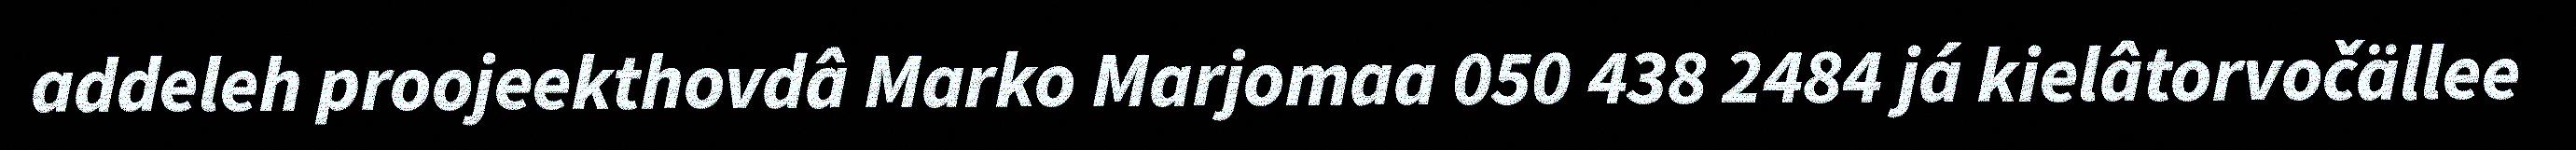
addeleh proojeekthovdâ Marko Marjomaa 050 438 2484 já kielâtorvočällee